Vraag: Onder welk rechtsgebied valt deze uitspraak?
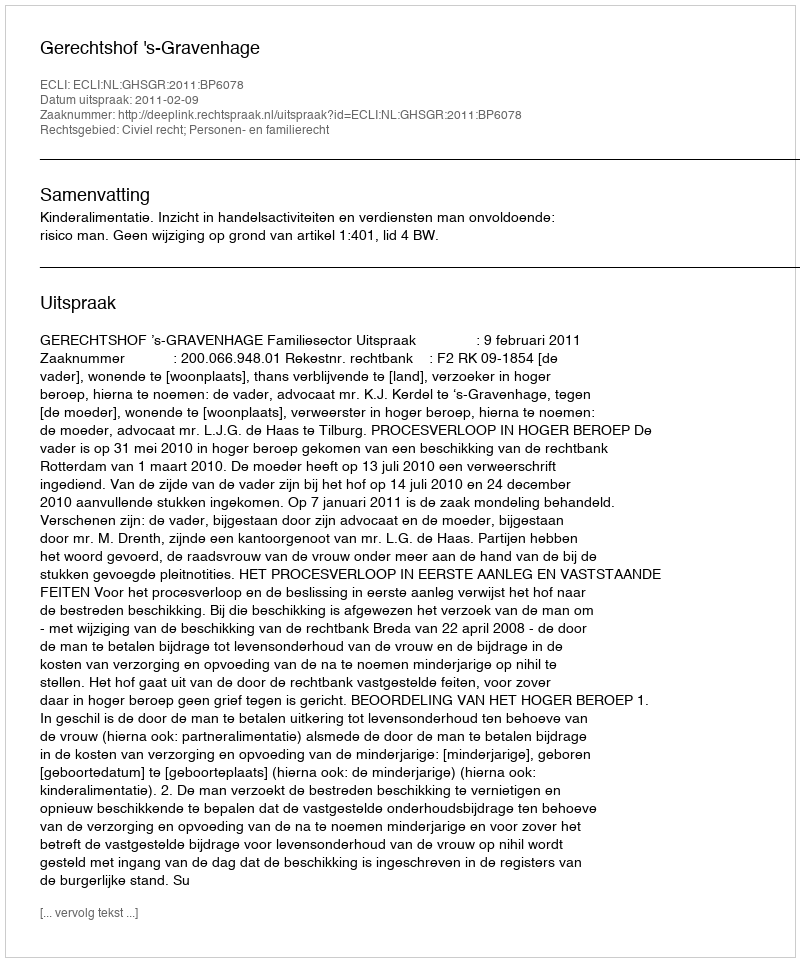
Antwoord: Civiel recht; Personen- en familierecht